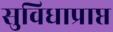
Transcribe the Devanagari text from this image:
सुविधाप्राप्त